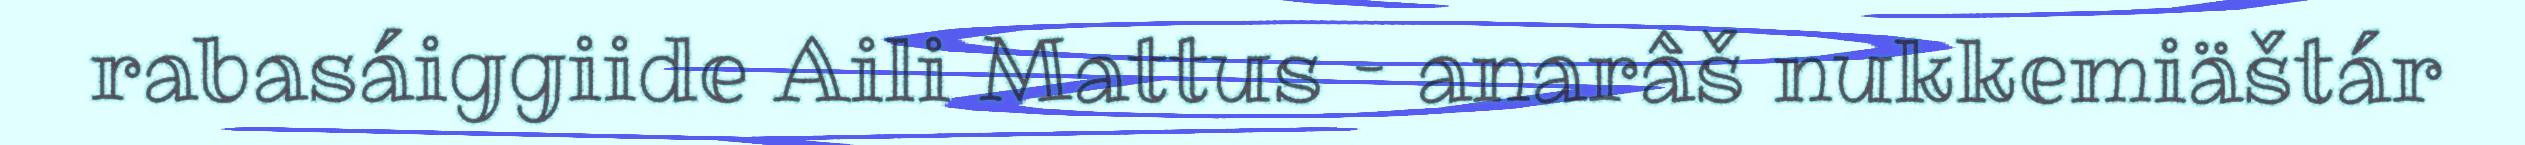
rabasáiggiide Aili Mattus – anarâš nukkemiäštár